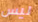
ليس